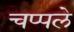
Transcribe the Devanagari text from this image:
चप्पले